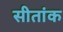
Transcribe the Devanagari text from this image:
सीतांक